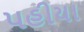
પહીયા